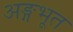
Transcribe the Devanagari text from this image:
अङ्गभूत